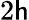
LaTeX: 2\mathsf{h}